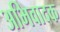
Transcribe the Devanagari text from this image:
अभिवादक